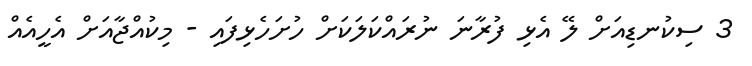
3 ސިކުނޑިއަށް ލޭ އެޅި ފުރާނަ ނުރައްކަލަކަށް ހުށަހެޅިފައި - މިކުއްޖާއަށް އެހީއެއް